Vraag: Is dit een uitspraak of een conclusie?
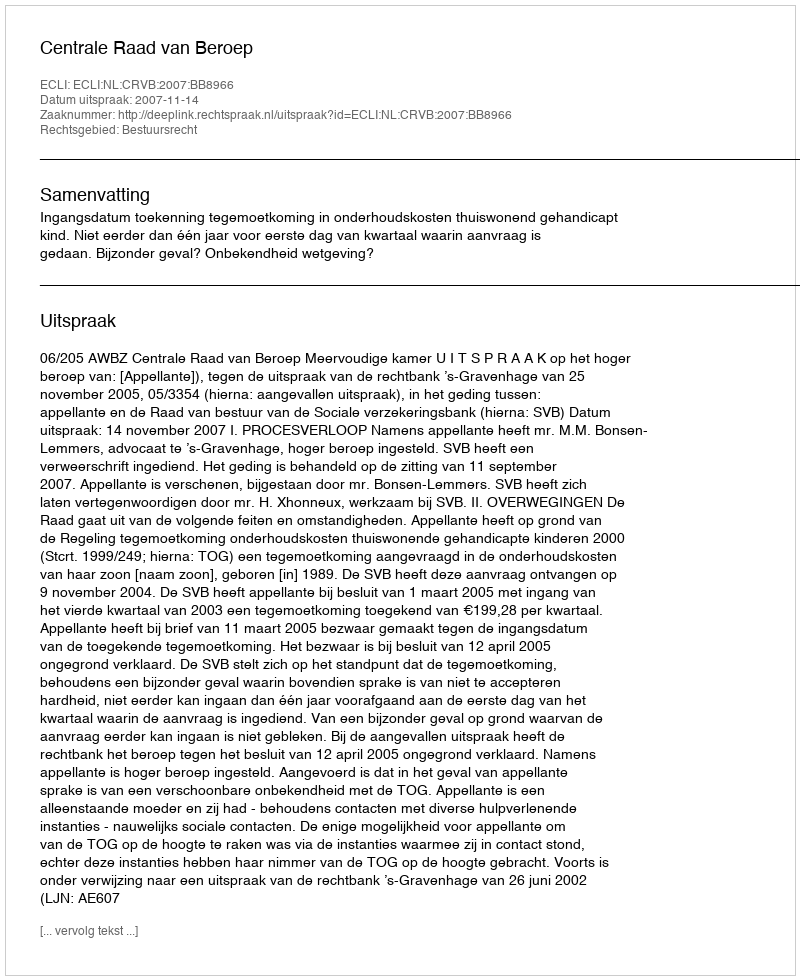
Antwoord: Uitspraak